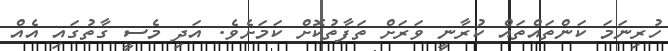
ހުރިނަމަ ކަންތައްތައް ކުރާނީ ވަރަށް ތަފާތުކޮށް ކަމަށެވެ. އަދި މެސީ ގާތުގައި އެއް